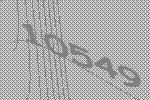
10549